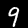
Label: 9